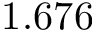
1 . 6 7 6